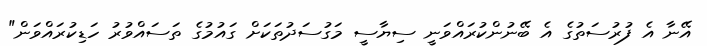
އޭނާ އެ ފުރުސަތުގެ އެ ބޭނުންކުރައްވަނީ ސިޔާސީ މަގުސަދުތަކަށް ގައުމުގެ ތަސައްވުރު ހަޑިކުރައްވަން"